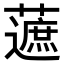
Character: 𧀹